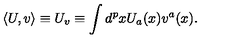
\langle U , v \rangle \equiv U _ { v } \equiv \int d ^ { p } x U _ { a } ( x ) v ^ { a } ( x ) .